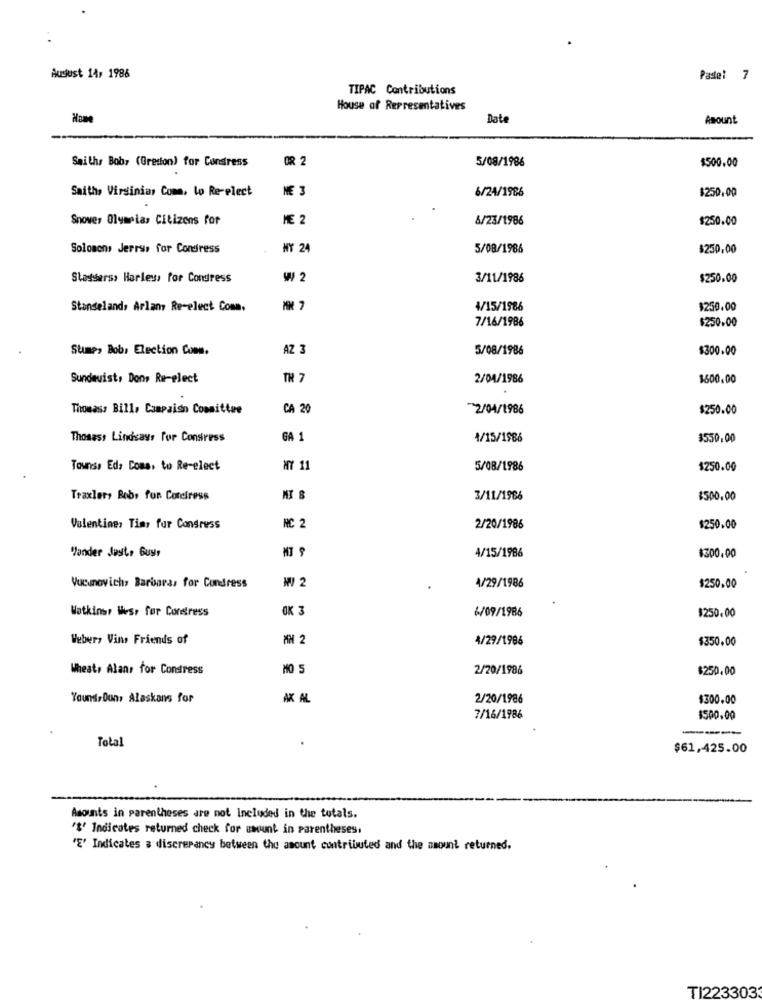
August 14, 1986
Pastel 7
TIPAC Contributions
House of Representatives
Date
Asount
Saiths Bob, (Greston) for Congress
08 2
5/08/1986
$500.00
Saith, Virginia, Com, Lo Re-elect
6/24/1986
$250.00
Snower Olympias Citizens for
ME 2
6/23/1986
$250.00
Solomons Jerrys for Condress
NY 24
5/08/1986
$250,00
Statsers, Harleys for Condress
W 2
3/11/1986
$250.00
Stanselands Arlan Re-elect Com.
4/15/1986
$250.00
7/16/1986
$250.00
Stump, Bob, Election Com.
AZ 3
5/08/1986
$300.00
Sundevist, Dons Re-elect
TH
2/04/1986
$600.00
Thomas, Bill, Campaign Committee
CA 20
72/04/1986
$250.00
Thosass Lindsays For Consiress
GA 1
1/15/1986
3530,00
Tounss Ed, Coms, to Re-elect
NY 11
5/08/1986
$250.00
Traxler, Bobs for Conciress
3/11/1966
$500.00
Valentine, Tias fur Congress
NC 2
2/20/1986
$250.00
Vander Jest, Gustr
4/15/1986
$300.00
₩ 2
4/29/1986
Vuanovich, Barbara, for Cundress
$250.00
Watkins, West for Conestress
OK
6/09/1986
$250.00
Weber, Vins Friends of
MH 2
4/29/1986
$350.00
Wheat, Alans for Condress
MO 5
2/20/1986
$250.00
Yound,Oun, Alaskans for
AK AL
2/20/1986
$300.00
7/16/1986
$500.00
----
Total
$61,425.00
Amounts in parentheses are not included in the totals.
"$' Indicates returned check for amount in parentheses.
'E' Indicates a discrepancy between the amount contributed and the amount returned.
TI223303